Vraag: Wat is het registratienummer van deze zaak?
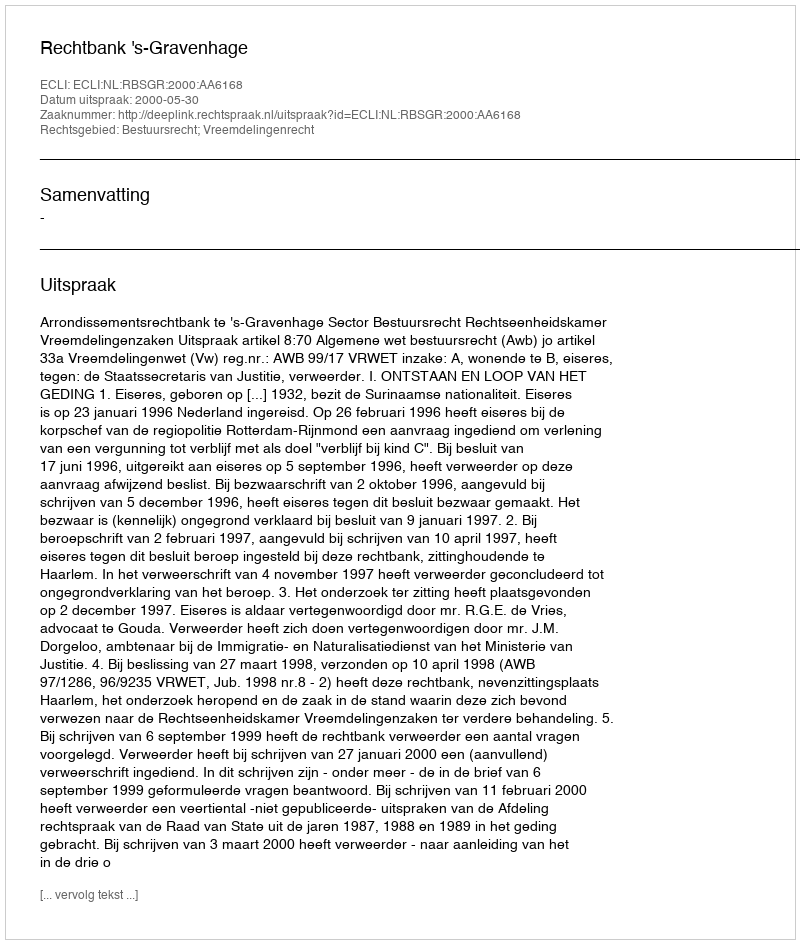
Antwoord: http://deeplink.rechtspraak.nl/uitspraak?id=ECLI:NL:RBSGR:2000:AA6168